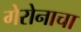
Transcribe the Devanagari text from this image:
गेरोनाचा